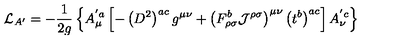
{ \cal { L } } _ { A ^ { \prime } } = - \frac { 1 } { 2 g } \left\{ A _ { \mu } ^ { ' a } \left[ - \left( D ^ { 2 } \right) ^ { a c } g ^ { \mu \nu } + \left( F _ { \rho \sigma } ^ { b } { \cal { J } } ^ { \rho \sigma } \right) ^ { \mu \nu } \left( t ^ { b } \right) ^ { a c } \right] A _ { \nu } ^ { ' c } \right\}